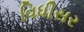
વિધીસર